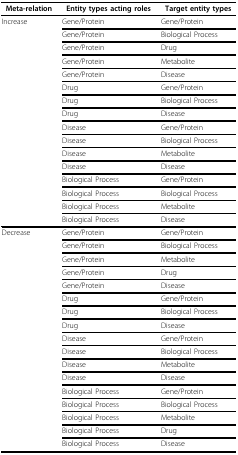
<table><thead><tr><td><b>Meta-relation</b></td><td><b>Entity types acting roles</b></td><td><b>Target entity types</b></td></tr></thead><tbody><tr><td>Increase</td><td>Gene/Protein</td><td>Gene/Protein</td></tr><tr><td></td><td>Gene/Protein</td><td>Biological Process</td></tr><tr><td></td><td>Gene/Protein</td><td>Drug</td></tr><tr><td></td><td>Gene/Protein</td><td>Metabolite</td></tr><tr><td></td><td>Gene/Protein</td><td>Disease</td></tr><tr><td></td><td>Drug</td><td>Gene/Protein</td></tr><tr><td></td><td>Drug</td><td>Biological Process</td></tr><tr><td></td><td>Drug</td><td>Disease</td></tr><tr><td></td><td>Disease</td><td>Gene/Protein</td></tr><tr><td></td><td>Disease</td><td>Biological Process</td></tr><tr><td></td><td>Disease</td><td>Metabolite</td></tr><tr><td></td><td>Disease</td><td>Disease</td></tr><tr><td></td><td>Biological Process</td><td>Gene/Protein</td></tr><tr><td></td><td>Biological Process</td><td>Biological Process</td></tr><tr><td></td><td>Biological Process</td><td>Metabolite</td></tr><tr><td></td><td>Biological Process</td><td>Disease</td></tr><tr><td>Decrease</td><td>Gene/Protein</td><td>Gene/Protein</td></tr><tr><td></td><td>Gene/Protein</td><td>Biological Process</td></tr><tr><td></td><td>Gene/Protein</td><td>Metabolite</td></tr><tr><td></td><td>Gene/Protein</td><td>Drug</td></tr><tr><td></td><td>Gene/Protein</td><td>Disease</td></tr><tr><td></td><td>Drug</td><td>Gene/Protein</td></tr><tr><td></td><td>Drug</td><td>Biological Process</td></tr><tr><td></td><td>Drug</td><td>Disease</td></tr><tr><td></td><td>Disease</td><td>Gene/Protein</td></tr><tr><td></td><td>Disease</td><td>Biological Process</td></tr><tr><td></td><td>Disease</td><td>Metabolite</td></tr><tr><td></td><td>Disease</td><td>Disease</td></tr><tr><td></td><td>Biological Process</td><td>Gene/Protein</td></tr><tr><td></td><td>Biological Process</td><td>Biological Process</td></tr><tr><td></td><td>Biological Process</td><td>Metabolite</td></tr><tr><td></td><td>Biological Process</td><td>Drug</td></tr><tr><td></td><td>Biological Process</td><td>Disease</td></tr></tbody></table>